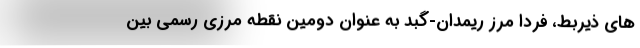
های ذیربط، فردا مرز ریمدان-گبد به عنوان دومین نقطه مرزی رسمی بین